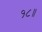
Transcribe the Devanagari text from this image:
१८॥